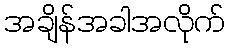
အချိန်အခါအလိုက်